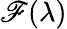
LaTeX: \mathscr{F}(\lambda)